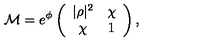
{ \cal M } = e ^ { \phi } \left( \begin{array} { c c } { | \rho | ^ { 2 } } & { \chi } \\ { \chi } & { 1 } \\ \end{array} \right) ,